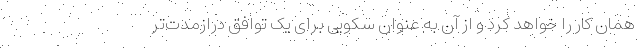
همان کار را خواهد کرد و از آن به عنوان سکویی برای یک توافق درازمدت‌تر